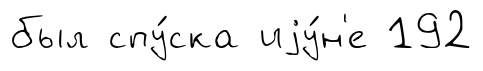
был спу́ска иjу́н'е 192